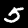
Digit: 5